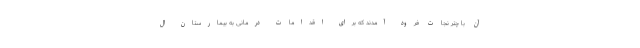
آن با چتر نجات فرود آمدند که برای اقدامات درمانی به بیمارستان‌ ال